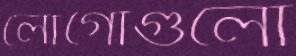
লোগোগুলো